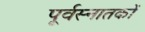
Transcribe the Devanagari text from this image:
पूर्वस्नातकों